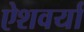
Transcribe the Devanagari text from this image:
ऐशवर्या